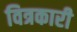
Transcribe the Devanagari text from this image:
वित्रकारी